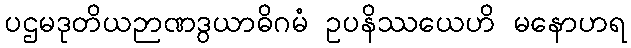
ပဌမဒုတိယဉာဏဒွယာဓိဂမံ ဥပနိဿယေဟိ မနောဟရ